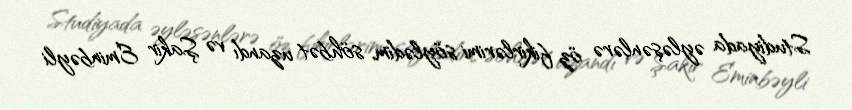
Studiyada əyləşənlərə öz fikirlərimi söylədim, söhbət uzandı və Şakir Eminbəyli